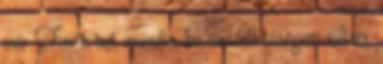
már Feri is azt mondta, ha van lehetőségem váltani,